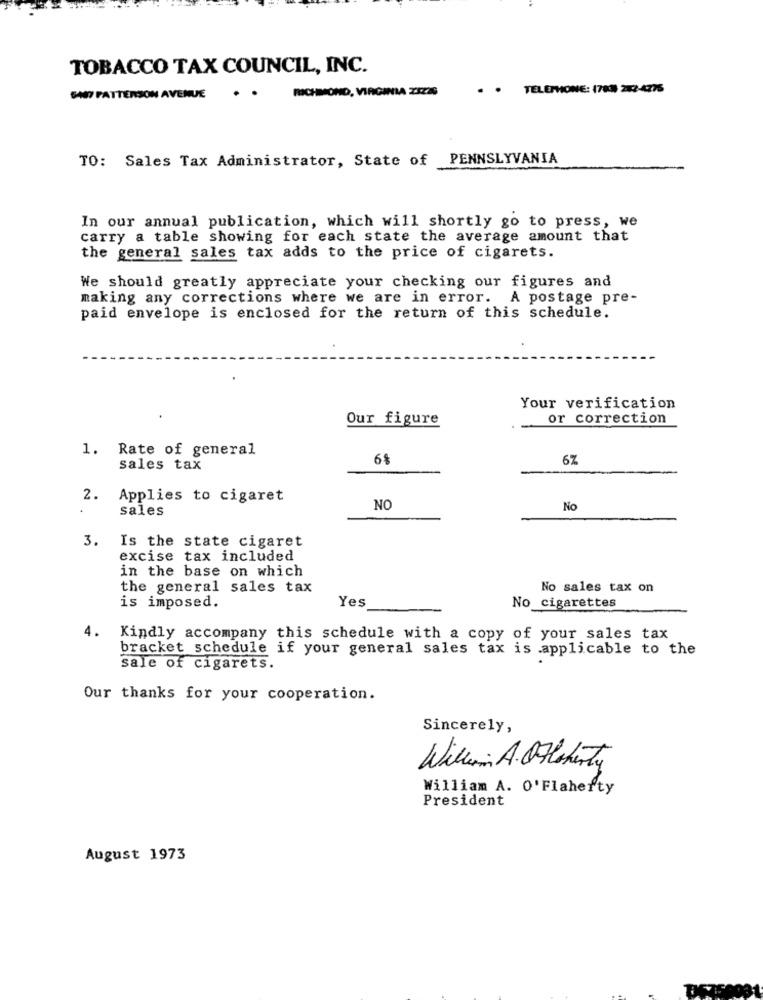
TOBACCO TAX COUNCIL, INC.
RICHMOND, VIRGINIA 23226
. . TELEPHONE: (783) 282-4775
SAY PATTERSON AVENUE
TO: Sales Tax Administrator, State of PENNSLYVANIA
In our annual publication, which will shortly go to press, we
carry a table showing for each state the average amount that
the general sales tax adds to the price of cigarets.
We should greatly appreciate your checking our figures and
making any corrections where we are in error. A postage pre-
paid envelope is enclosed for the return of this schedule.
Your verification
Our figure
or correction
1.
Rate of general
6%
6%
sales tax
2.
Applies to cigaret
Sales
NO
No
3.
Is the state cigaret
excise tax included
in the base on which
the general sales tax
No sales tax on
is imposed.
Yes
No cigarettes
4. Kindly accompany this schedule with a copy of your sales tax
bracket schedule if your general sales tax is applicable to the
sale of cigarets.
Our thanks for your cooperation.
Sincerely,
William A. Oflaherty
William A. O'Flaherty
President
August 1973